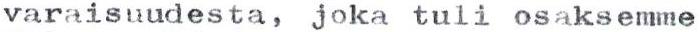
varaisuudesta, joka tuli osaksemme